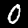
Digit: 0